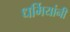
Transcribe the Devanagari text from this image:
धर्मियांनी